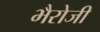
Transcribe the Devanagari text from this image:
भैरोजी